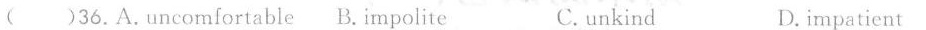
( )36.A.Uncomfortable B. Impolite C.unkind D.impatient